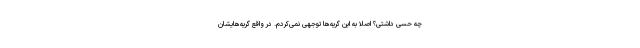
چه حسی داشتی؟ اصلا به این گریه‌ها توجهی نمی‌کردم. در واقع گریه‌هایشان